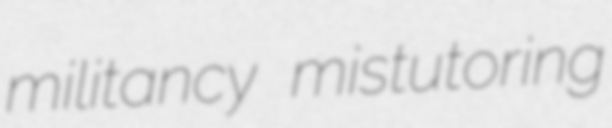
militancy mistutoring